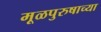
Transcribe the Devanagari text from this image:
मूळपुरुषाच्या